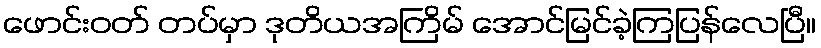
ဖောင်းဝတ် တပ်မှာ ဒုတိယအကြိမ် အောင်မြင်ခဲ့ကြပြန်လေပြီ။